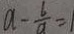
a - \frac { 6 } { a } = 1